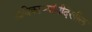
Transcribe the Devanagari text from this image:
अधिकाऱ्यांनीदेखील